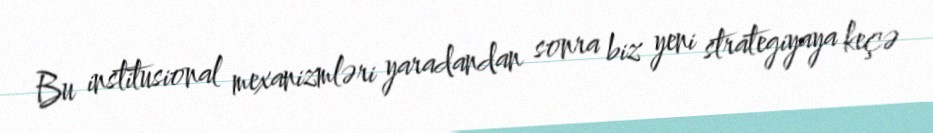
Bu institusional mexanizmləri yaradandan sonra biz yeni strategiyaya keçə